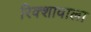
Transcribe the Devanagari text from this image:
रिक्शावाला